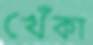
খেঁকা